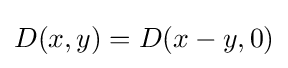
D(x,y)=D(x-y,0)